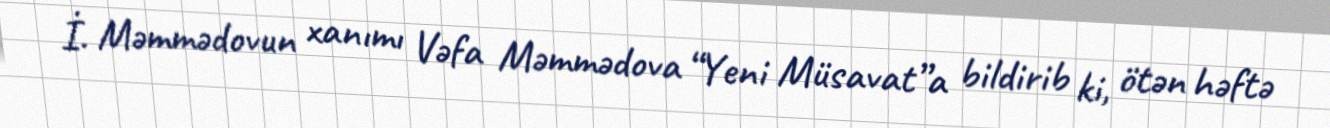
İ. Məmmədovun xanımı Vəfa Məmmədova “Yeni Müsavat”a bildirib ki, ötən həftə